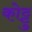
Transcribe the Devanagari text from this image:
कोट्टु